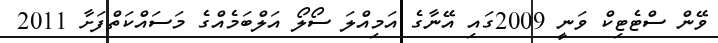
ވޭން ސްޓެޓިކް ވަނީ 2009ގައި އޭނާގެ އަމިއްލަ ސޯލޯ އަލްބަމެއްގެ މަސައްކަތްފަށާ 2011